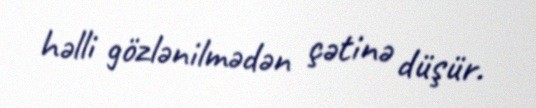
həlli gözlənilmədən çətinə düşür.